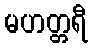
မဟတ္တရီ